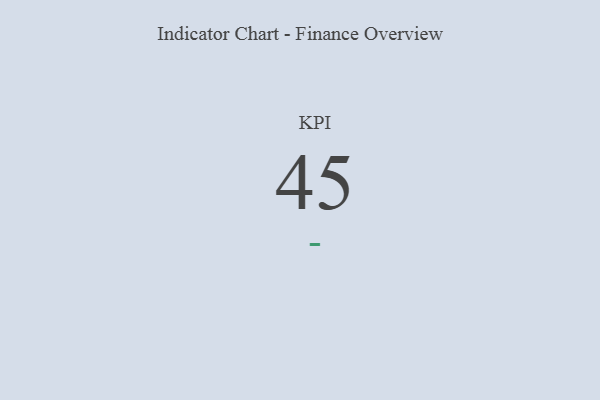
{"axis": {"x": "KPI", "y": "Value"}, "legend": [""], "data": [{"x": "KPI", "y": 45, "type": ""}]}